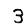
Digit: 3